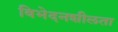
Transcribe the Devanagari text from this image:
विभेदनशीलता